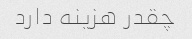
چقدر هزینه دارد